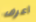
أعرف